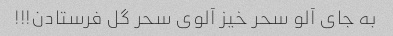
به جای آلو سحر خیز آلوی سحر گل فرستادن!!!